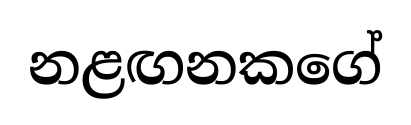
නළඟනකගේ